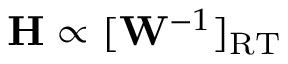
\mathbf { H } \propto [ \mathbf { W } ^ { - 1 } ] _ { \mathrm { R T } }